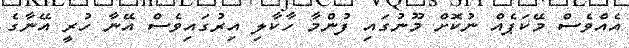
އެއްވެސް މޭކަޕެއް ނުކޮށް މޫނުގައި ފުންމާ ހާކާލި އިރުގައިވެސް އޭނާ ހުރީ އޭނާގެ